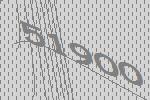
51900